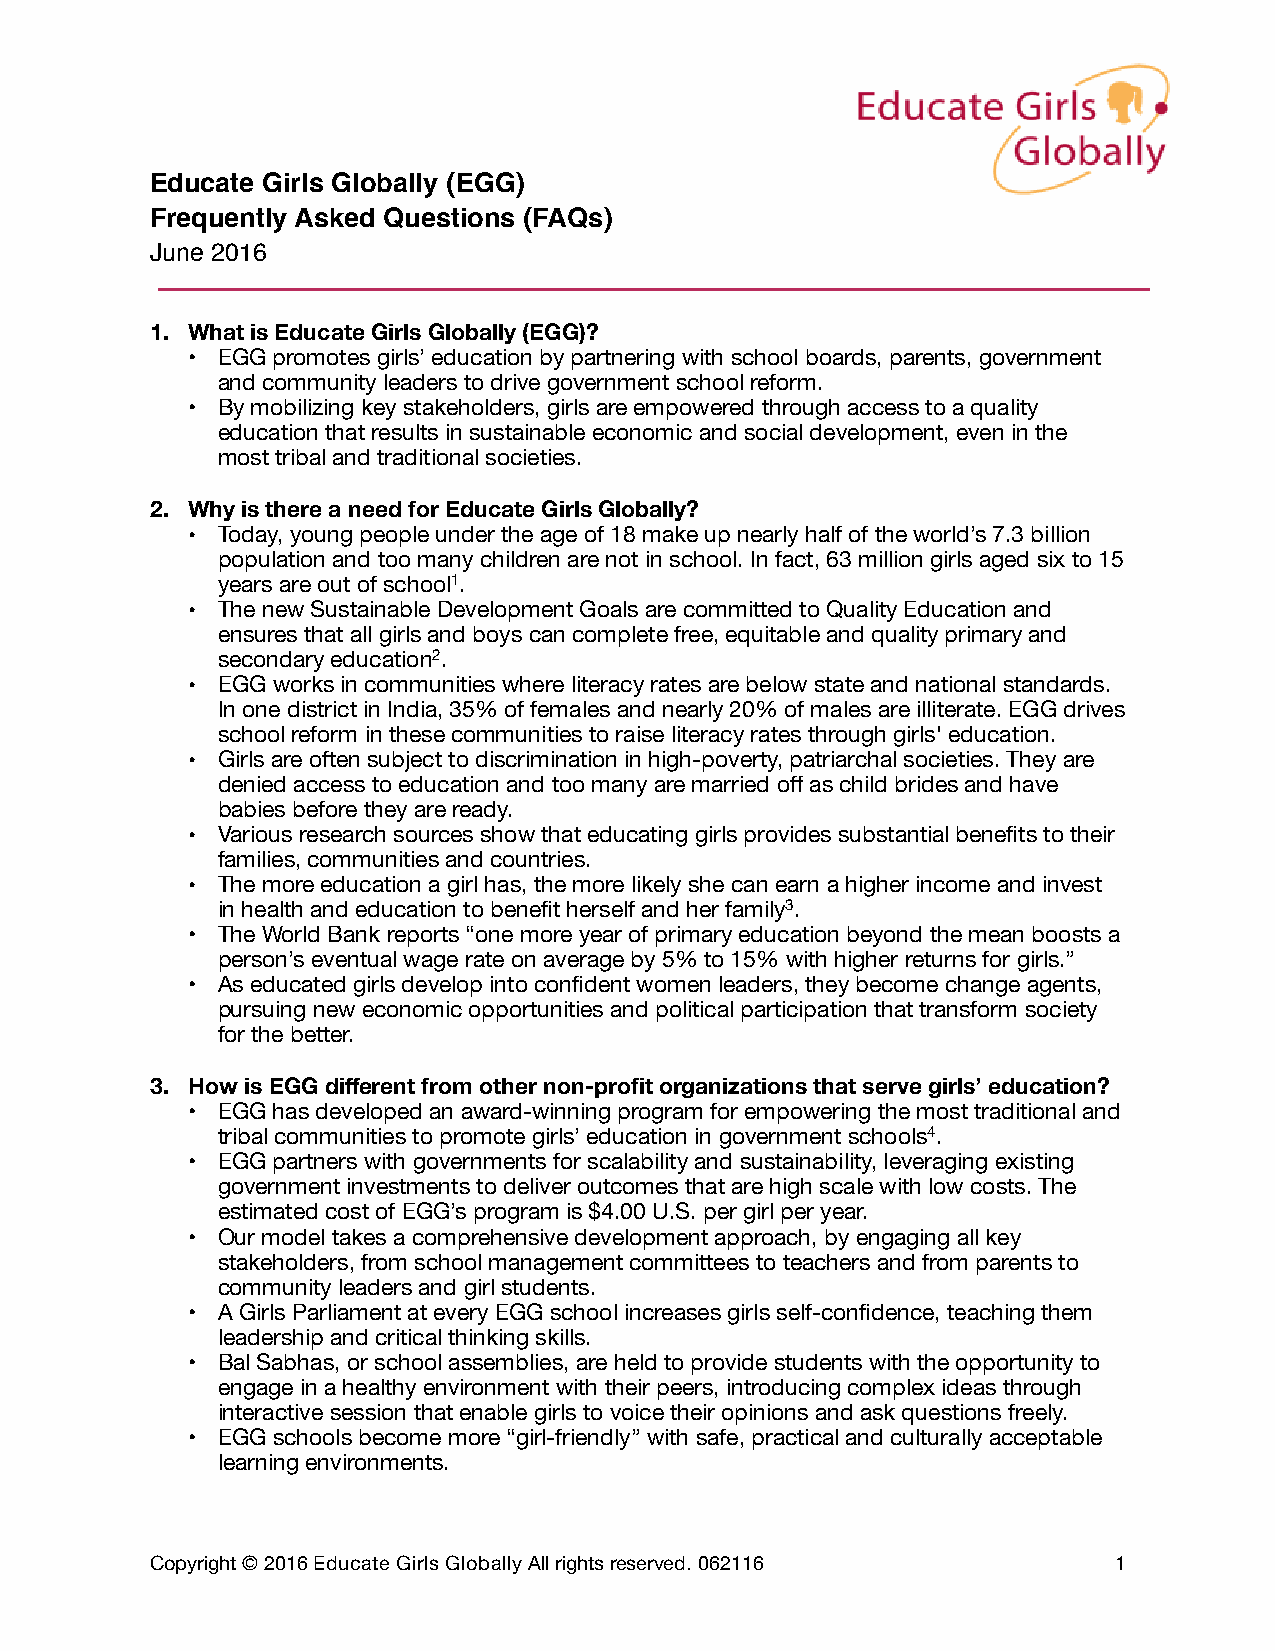
Educate Girls Globally (EGG)
 Frequently Asked Questions (FAQs)
 June 2016
 1. What is Educate Girls Globally (EGG)?
 • EGG promotes girls’ education by partnering with school boards, parents, government
 and community leaders to drive government school reform.
 • By mobilizing key stakeholders, girls are empowered through access to a quality
 education that results in sustainable economic and social development, even in the
 most tribal and traditional societies.
 2. Why is there a need for Educate Girls Globally?
 • Today, young people under the age of 18 make up nearly half of the world’s 7.3 billion
 population and too many children are not in school. In fact, 63 million girls aged six to 15
 years are out of school1.
 • The new Sustainable Development Goals are committed to Quality Education and
 ensures that all girls and boys can complete free, equitable and quality primary and
 secondary education2.
 • EGG works in communities where literacy rates are below state and national standards.
 In one district in India, 35% of females and nearly 20% of males are illiterate. EGG drives
 school reform in these communities to raise literacy rates through girls' education.
 • Girls are often subject to discrimination in high-poverty, patriarchal societies. They are
 denied access to education and too many are married off as child brides and have
 babies before they are ready.
 • Various research sources show that educating girls provides substantial benefits to their
 families, communities and countries.
 • The more education a girl has, the more likely she can earn a higher income and invest
 in health and education to benefit herself and her family3.
 • The World Bank reports “one more year of primary education beyond the mean boosts a
 person’s eventual wage rate on average by 5% to 15% with higher returns for girls.”
 • As educated girls develop into confident women leaders, they become change agents,
 pursuing new economic opportunities and political participation that transform society
 for the better.
 3. How is EGG different from other non-profit organizations that serve girls’ education?
 • EGG has developed an award-winning program for empowering the most traditional and
 tribal communities to promote girls’ education in government schools4.
 • EGG partners with governments for scalability and sustainability, leveraging existing
 government investments to deliver outcomes that are high scale with low costs. The
 estimated cost of EGG’s program is $4.00 U.S. per girl per year.
 • Our model takes a comprehensive development approach, by engaging all key
 stakeholders, from school management committees to teachers and from parents to
 community leaders and girl students.
 • A Girls Parliament at every EGG school increases girls self-confidence, teaching them
 leadership and critical thinking skills.
 • Bal Sabhas, or school assemblies, are held to provide students with the opportunity to
 engage in a healthy environment with their peers, introducing complex ideas through
 interactive session that enable girls to voice their opinions and ask questions freely.
 • EGG schools become more “girl-friendly” with safe, practical and culturally acceptable
 learning environments.
 Copyright © 2016 Educate Girls Globally All rights reserved. 062116 1